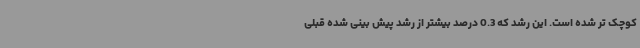
کوچک تر شده است. این رشد که 0.3 درصد بیشتر از رشد پیش بینی شده قبلی